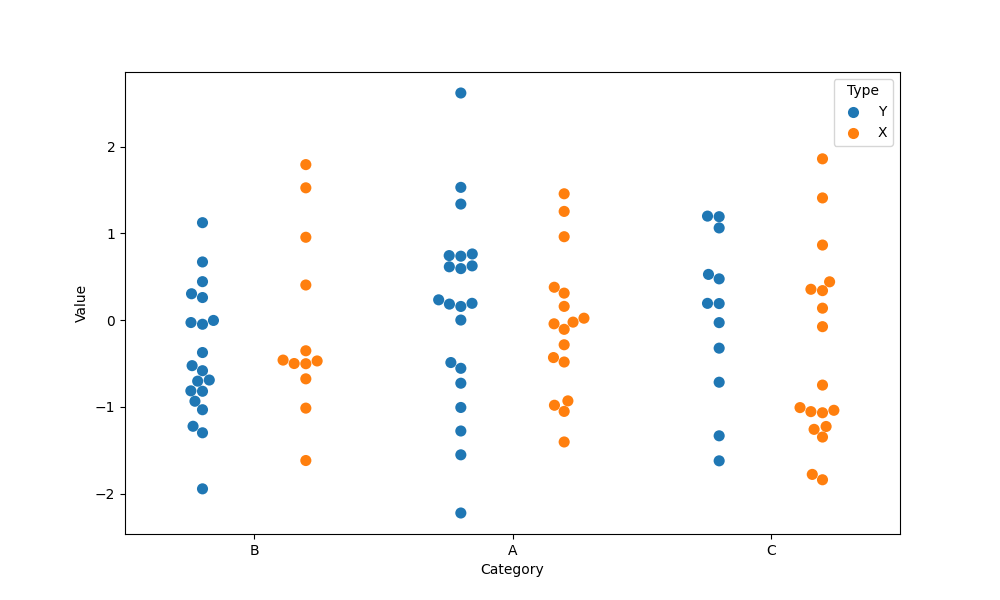
python, seaborn, swarmplot, dodge=True, alpha=1.0, size=8